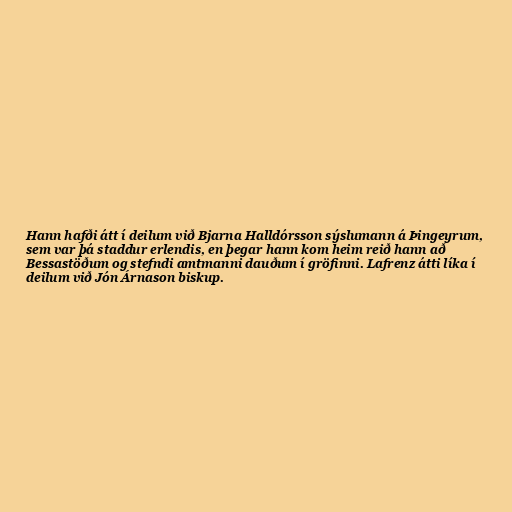
Hann hafði átt í deilum við Bjarna Halldórsson sýslumann á Þingeyrum,
sem var þá staddur erlendis, en þegar hann kom heim reið hann að
Bessastöðum og stefndi amtmanni dauðum í gröfinni. Lafrenz átti líka í
deilum við Jón Árnason biskup.